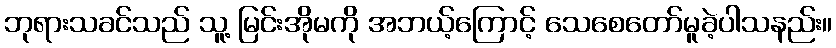
ဘုရားသခင်သည် သူ့ မြင်းအိုမကို အဘယ့်ကြောင့် သေစေတော်မူခဲ့ပါသနည်း။